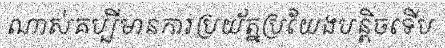
ណាស់គប្បីមានការប្រយ័ត្នប្រយែងបន្តិចទើប